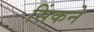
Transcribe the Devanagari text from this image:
सिंकने